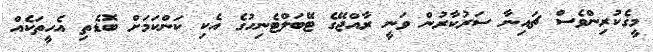
މީގެކުރިންވެސް ޗައިނާ ސަރުކާރުން ވަނީ ރާއްޖޭގެ ޓޭބަލްޓެނިހުގެ އެކި ކަންކަމަށް ބޮޑެތި އެހީތަކެއް